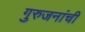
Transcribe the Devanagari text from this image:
गुरुजनांची